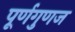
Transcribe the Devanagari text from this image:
पूर्णगुणज